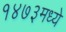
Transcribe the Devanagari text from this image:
१४७३मध्ये